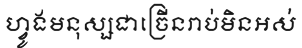
ហ្វូងមនុស្សជាច្រើនរាប់មិនអស់